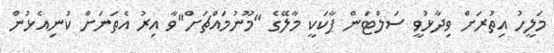
މަލީހު އިތުރަށް ވިދާޅުވީ ސަލްޓަން ޕާކަކީ މާލޭގެ "މޫނުމައްޗަށް"ވާ އިރު އެތަނަށް ކުނިއެޅުން